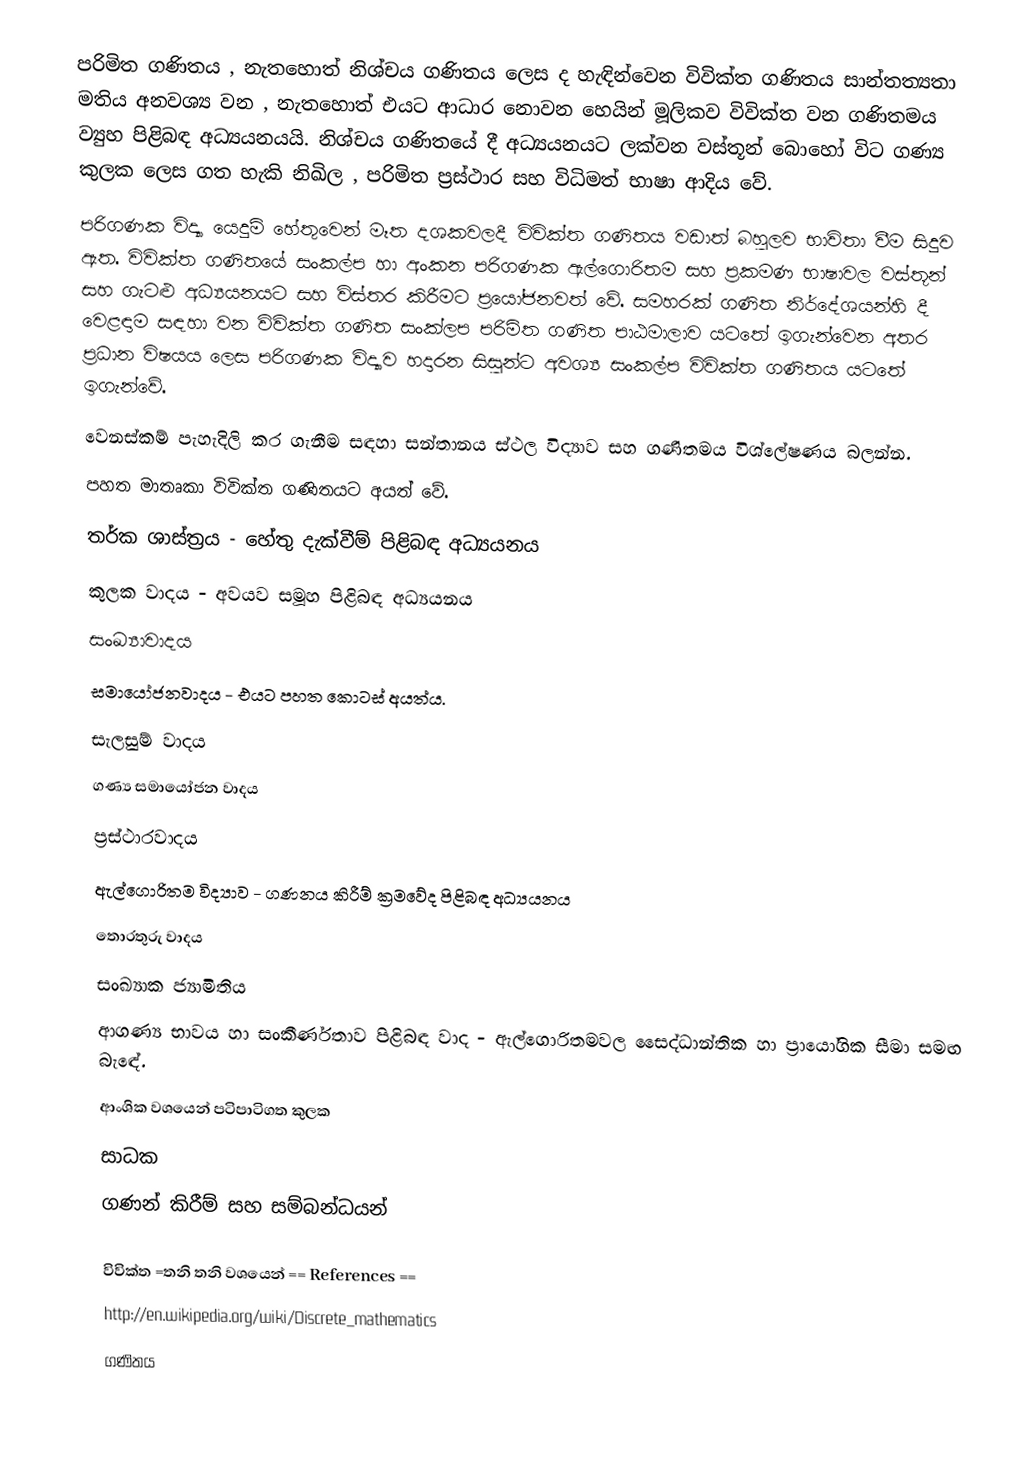
පරිමිත ගණිතය , නැතහොත් නිශ්චය ගණිතය ලෙස ද හැඳින්වෙන විවික්ත ගණිතය සාන්තත්‍යතා මතිය අනවශ්‍ය වන , නැතහොත් එයට ආධාර නොවන හෙයින් මූලිකව විවික්ත වන ගණිතමය ව්‍යුහ පිළිබඳ අධ්‍යයනයයි. නිශ්චය ගණිතයේ දී අධ්‍යයනයට ලක්වන වස්තූන් බොහෝ විට ගණ්‍ය කුලක ලෙස ගත හැකි නිඛිල , පරිමිත ප්‍රස්ථාර සහ විධිමත් භාෂා ආදිය වේ.
පරිගණක විද්‍යා යෙදුම් හේතුවෙන් මෑත දශකවලදී විවික්ත ගණිතය වඩාත් බහුලව භාවිතා වීම සිදුව ඇත. විවික්ත ගණිතයේ සංකල්ප හා අංකන පරිගණක ඇල්ගොරිතම සහ ප්‍රකමණ භාෂාවල වස්තූන් ‍සහ ගැටළු අධ්‍යයනයට සහ විස්තර කිරීමට ප්‍රයෝජනවත් වේ. සමහරක් ගණිත නිර්දේශයන්හි දී වෙළඳාම සඳහා වන විවික්ත ගණිත සංක්ලප පරිමිත ගණිත පාඨමාලාව යටතේ ඉගැන්වෙන අතර ප්‍රධාන විෂයය ලෙස පරිගණක විද්‍යාව හදාරන සිසුන්ට අවශ්‍ය සංකල්ප විවික්ත ගණිතය යටතේ ඉගැන්වේ.
වෙනස්කම් පැහැදිලි කර ගැනීම සඳහා සන්තානය ස්ථල විද්‍යාව සහ ගණිතමය විශ්ලේෂණය බලන්න.
පහත මාතෘකා විවික්ත ගණිතයට අයත් වේ.
	තර්ක ශාස්ත්‍රය - හේතු දැක්වීම් පිළිබඳ අධ්‍යයනය
	කුලක වාදය - අවයව සමූහ පිළිබඳ අධ්‍යයනය
	සංඛ්‍යාවාදය
	සමායෝජනවාදය - එයට පහත කොටස් අයත්ය.
සැලසුම් වාදය
ගණ්‍ය සමායෝජන වාදය
ප්‍රස්ථාරවාදය
	ඇල්ගොරිතම විද්‍යාව - ගණනය කිරීම් ක්‍රමවේද පිළිබඳ අධ්‍යයනය
	තොරතුරු වාදය
	සංඛ්‍යාක ජ්‍යාමිතිය
	ආගණ්‍ය භාවය හා සංකීර්ණතාව පිළිබඳ වාද - ඇල්ගොරිතමවල සෛද්ධාන්තික හා ප්‍රායෝගික සීමා සමඟ බැඳේ.
	ආංශික වශයෙන් පටිපාටිගත කුලක
	සාධක
	ගණන් කිරීම් සහ සම්බන්ධයන්

විවික්ත =තනි තනි වශයෙන් == References ==
http://en.wikipedia.org/wiki/Discrete_mathematics
ගණිතය